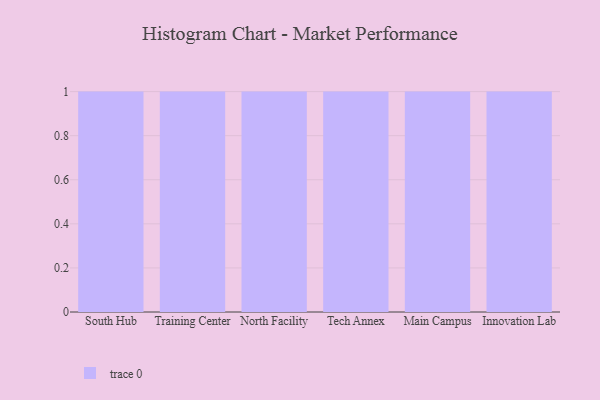
{"axis": {"x": "Campus", "y": "Gross Profit (USD K)"}, "legend": [""], "data": [{"x": "South Hub", "y": 96, "type": ""}, {"x": "Training Center", "y": 70, "type": ""}, {"x": "North Facility", "y": 54, "type": ""}, {"x": "Tech Annex", "y": 44, "type": ""}, {"x": "Main Campus", "y": 25, "type": ""}, {"x": "Innovation Lab", "y": 26, "type": ""}]}